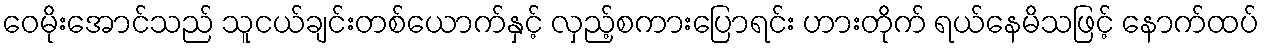
ဝေမိုးအောင်သည် သူငယ်ချင်းတစ်ယောက်နှင့် လှည့်စကားပြောရင်း ဟားတိုက် ရယ်နေမိသဖြင့် နောက်ထပ်